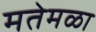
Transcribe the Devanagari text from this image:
मतेमळा